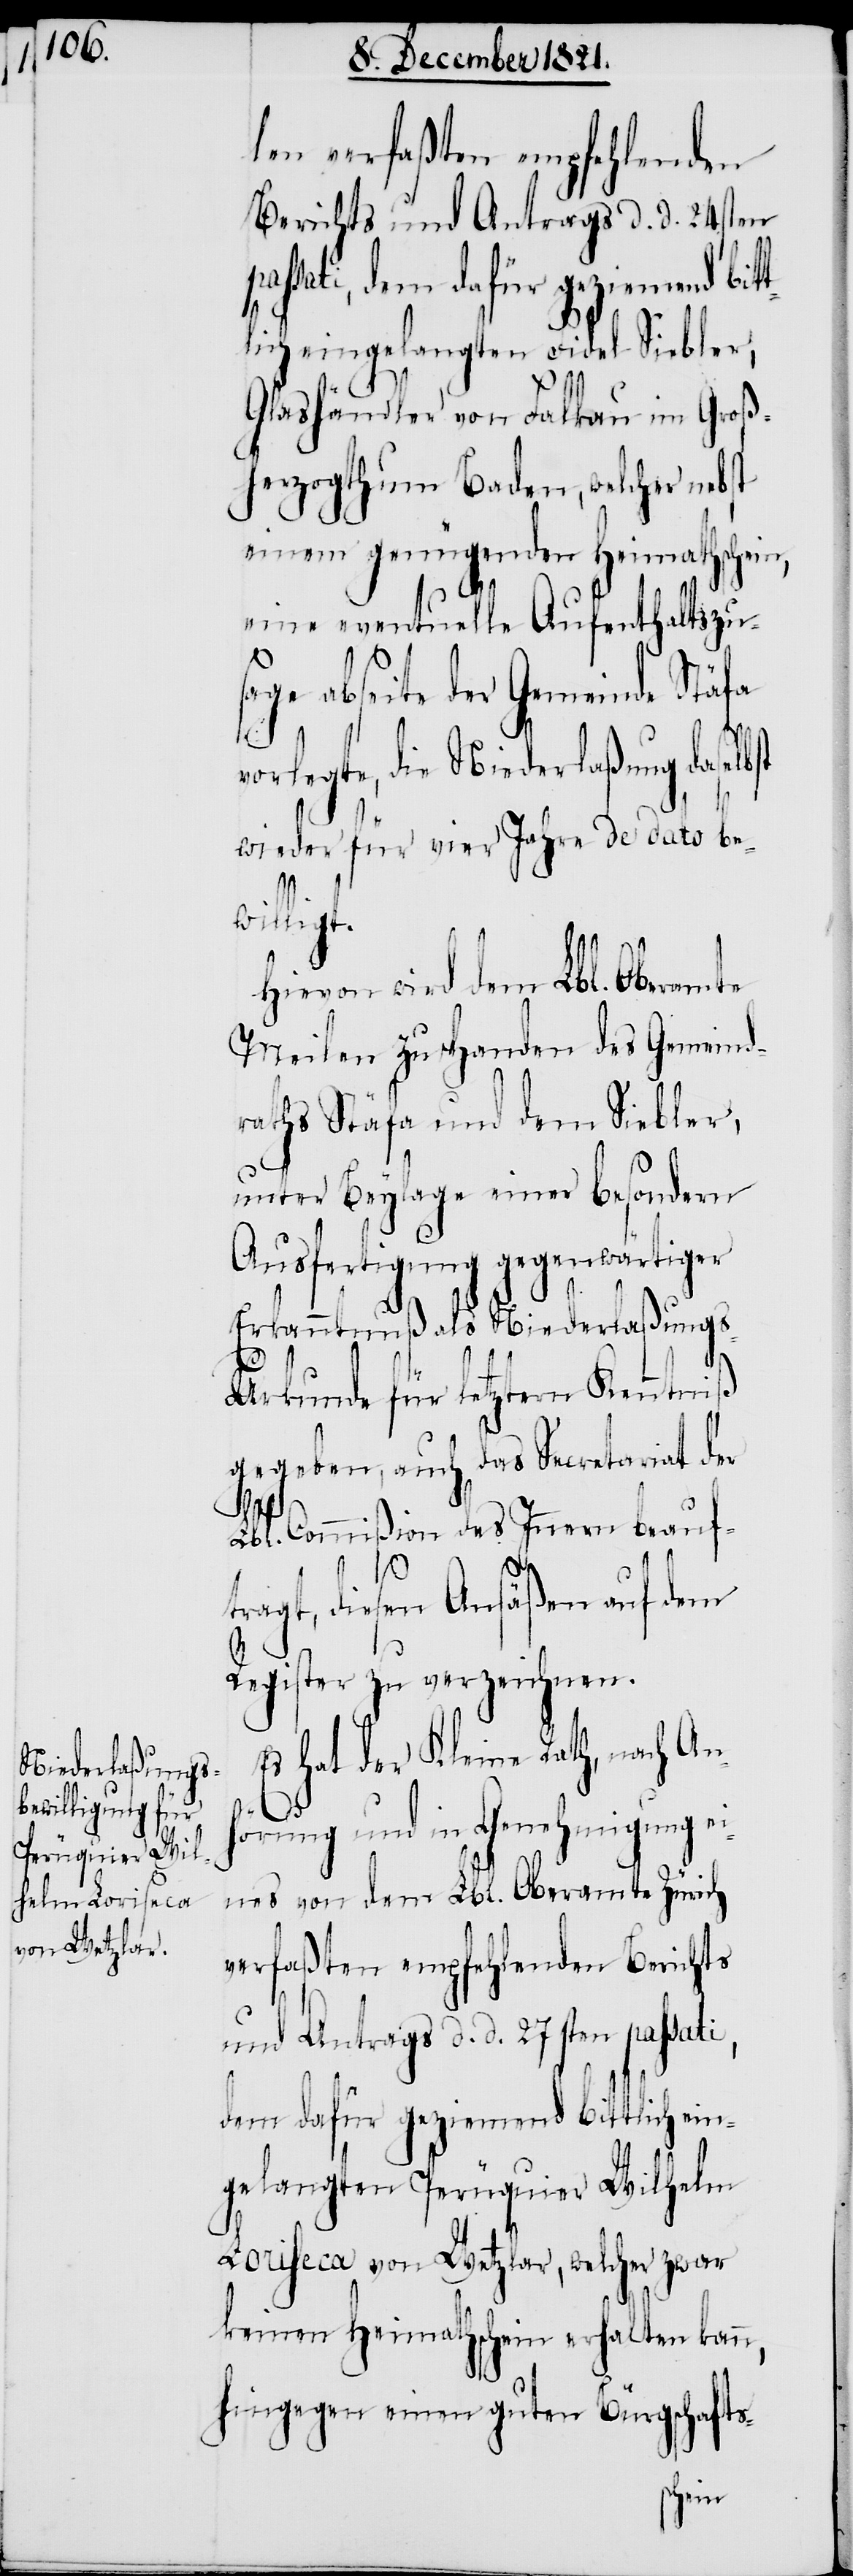
len verfaßten empfehlenden
Berichts und Antrags d. d. 24sten
passati, dem dafür geziemend bit¬
tlich eingelangten Fidel Siebler,
n,
Glashändler von Falkau im Groß¬
herzogthum Baden, welcher nebst
einem genügenden Heimathschei¬
eine eventuelle Aufenthaltsbe¬
ng abseite der Gemeinde Stäfa
vorlegte, die Niederlaßung daselbst
wieder für vier Jahre de dato be¬
willigt.
Hievon wird dem Lbl. Oberamte
Meilen zu Handen des Gemeind¬
raths Stäfa und dem Siebler,
unter Beylage einer besondern
Ausfertigung gegenwärtiger
Erkanntnuß als Niederlaßung¬
s-Urkunde für letztern Kenntniß
gegeben, auch das Secretariat der
Lbl. Commißion des Innern beauf¬
tragt, diesen Ansäßen auf dem
Register zu verzeichnen.
Es hat der Kleine Rath, nach Anh¬
örung und in Genehmigung ei¬
nes von dem Lbl. Oberamte Zürich
verfaßten empfehlenden Berichts
und Antrags d. d. 27sten passati,
dem dafür geziemend bittlich ein¬
gelangten Perüquier Wilhelm
Loriseca von Wetzlar, welcher zwar
keinen Heimathschein erhalten kann,
hingegen einen guten Bürgschafts-